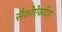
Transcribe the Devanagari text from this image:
सैकोऐकटिव